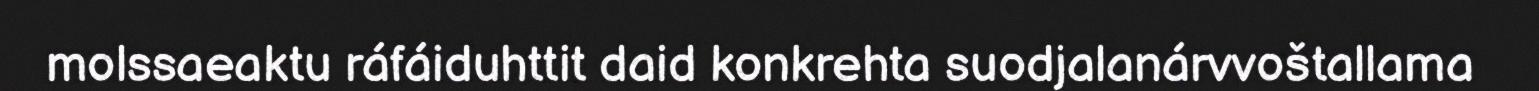
molssaeaktu ráfáiduhttit daid konkrehta suodjalanárvvoštallama